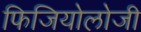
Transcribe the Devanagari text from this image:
फिजियोलोजी